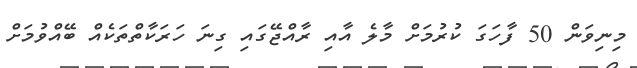
މިނިވަން 50 ފާހަގަ ކުރުމަށް މާލެ އާއި ރާއްޖޭގައި ގިނަ ހަރަކާތްތަކެއް ބޭއްވުމަށް